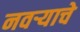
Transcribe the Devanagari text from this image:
नवर्‍याचे